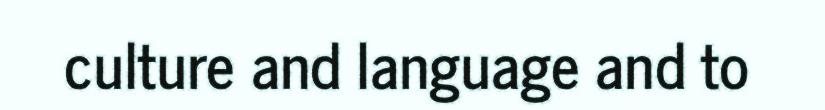
culture and language and to